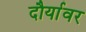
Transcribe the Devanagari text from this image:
दौर्यावर